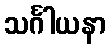
သင်္ဂါယနာ